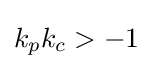
k_{p}k_{c}>-1